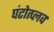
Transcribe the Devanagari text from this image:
घंटोत्प्लव